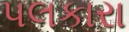
પલકારા